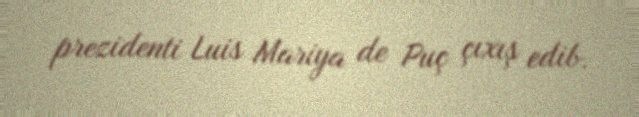
prezidenti Luis Mariya de Puç çıxış edib.